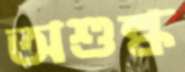
অশুল্ক